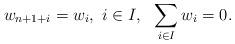
LaTeX: \begin{align*}w_{n+1+i}=w_i, \ i\in I, \ \ \sum_{i\in I}w_i=0.\end{align*}